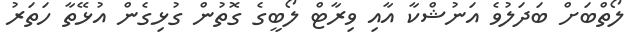
ލޯތްބަށް ބަދަލުވެ އަނުޝްކާ އާއި ވިރާޓް ލޯބީގެ ގޮތުން ގުޅިގެން އުޅޭތާ ހަތަރު